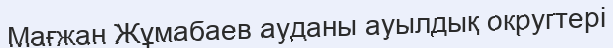
Мағжан Жұмабаев ауданы ауылдық округтері